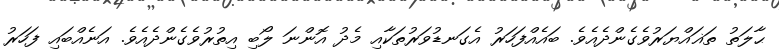
ޙާލަތު ތަޣައްޔަރުވެގެންދެއެވެ. ބައެއްފަހަރު އެގަނޑުވަރުތަކާއި މެދު އޮންނަ ލޯބި އިތުރުވެގެންދެއެވެ. އަނެއްބައި ފަހަރު